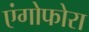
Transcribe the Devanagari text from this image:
एंगोफोरा